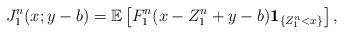
LaTeX: \begin{align*}J_1^n(x;y-b)=\mathbb E\left[F_1^n(x-Z_1^n+y-b)\textbf{1}_{\{Z_1^n < x\}}\right],\end{align*}